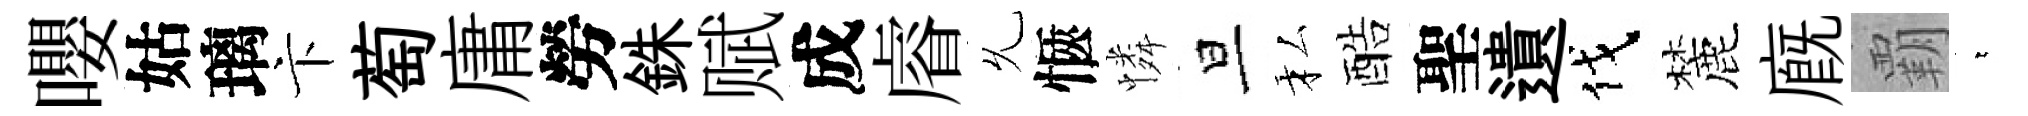
嚶姑璃卞萄庸勞銖赋成𥈠𠃔愜憐旦私酷聖遺伐麓廐覇萋